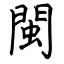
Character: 閩